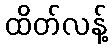
ထိတ်လန့်